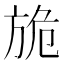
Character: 㫉